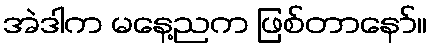
အဲဒါက မနေ့ညက ဖြစ်တာနော်။